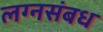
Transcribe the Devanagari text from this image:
लग्नसंबध